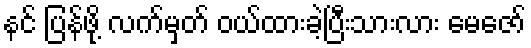
နင် ပြန်ဖို့ လက်မှတ် ဝယ်ထားခဲ့ပြီးသားလား မေဇော်